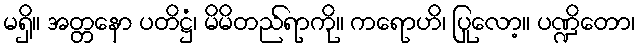
မရှိ။ အတ္တနော ပတိဋ္ဌံ၊ မိမိတည်ရာကို။ ကရောဟိ၊ ပြုလော့။ ပဏ္ဍိတော၊